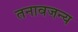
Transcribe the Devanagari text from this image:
तनावजन्य